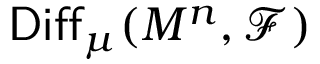
\mathsf { D i f f } _ { \mu } ( M ^ { n } , { \mathcal F } )